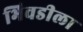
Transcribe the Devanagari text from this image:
भिवडीला